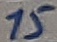
Text: 15